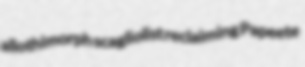
allothimorph scagliolist reclaiming Papeete